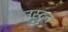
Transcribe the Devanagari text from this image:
उस्टन